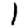
Digit: 1